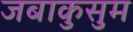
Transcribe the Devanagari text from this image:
जबाकुसुम